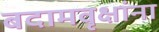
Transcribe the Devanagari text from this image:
बदामवृक्षांना